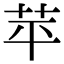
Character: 苹